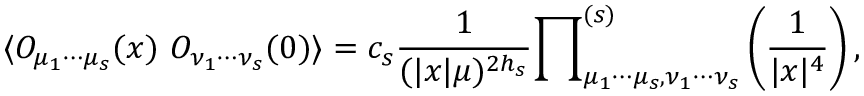
\langle { \cal O } _ { \mu _ { 1 } \cdots \mu _ { s } } ( x ) ~ { \cal O } _ { \nu _ { 1 } \cdots \nu _ { s } } ( 0 ) \rangle = c _ { s } \frac { 1 } { ( | x | \mu ) ^ { 2 h _ { s } } } { \prod } _ { \mu _ { 1 } \cdots \mu _ { s } , \nu _ { 1 } \cdots \nu _ { s } } ^ { ( s ) } \left( \frac { 1 } { | x | ^ { 4 } } \right) ,